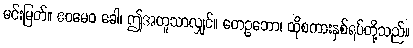
မင်းမြတ်။ ဧဝမေဝ ခေါ၊ ဤအတူသာလျှင်။ တေဥဘော၊ ထိုစကားနှစ်ရပ်တို့သည်။